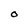
Character: O